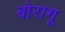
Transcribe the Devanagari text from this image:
बोरागू